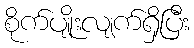
စိုက်ပျိုးလျက်ရှိပြီး